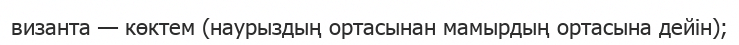
византа — көктем (наурыздың ортасынан мамырдың ортасына дейін);